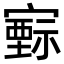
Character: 𡫚